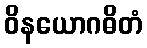
ဝိနယောဂဓိတံ